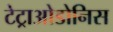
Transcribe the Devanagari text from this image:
टेट्राओडोनिस